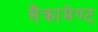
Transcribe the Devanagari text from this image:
सैक्रामेण्ट